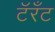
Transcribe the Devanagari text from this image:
टॅरँट